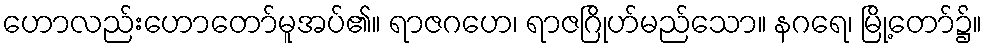
ဟောလည်းဟောတော်မူအပ်၏။ ရာဇဂဟေ၊ ရာဇဂြိုဟ်မည်သော။ နဂရေ၊ မြို့တော်၌။